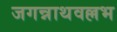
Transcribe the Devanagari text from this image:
जगन्नाथवल्लभ